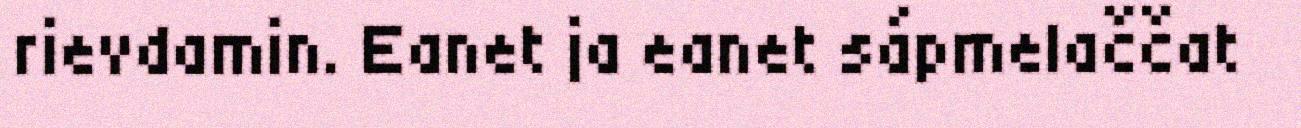
rievdamin. Eanet ja eanet sápmelaččat